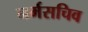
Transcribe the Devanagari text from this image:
नर्मसचिव